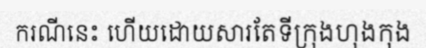
ករណីនេះ ហើយដោយសារតែទីក្រុងហុងកុង